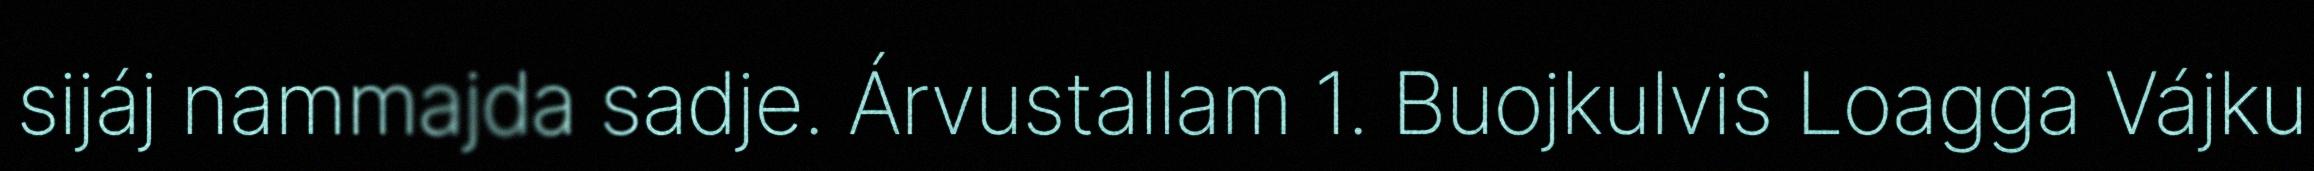
sijáj nammajda sadje. Árvustallam 1. Buojkulvis Loagga Vájku